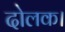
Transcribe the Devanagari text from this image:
दोलक।